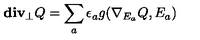
{ \bf d i v _ { \perp } } Q = \sum _ { a } \epsilon _ { a } g ( \nabla _ { E _ { a } } Q , E _ { a } )